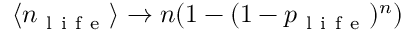
\langle n _ { \mathrm { ~ l ~ i ~ f ~ e ~ } } \rangle \rightarrow n ( 1 - ( 1 - p _ { \mathrm { ~ l ~ i ~ f ~ e ~ } } ) ^ { n } )